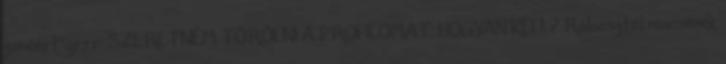
zenéért"grrr: SZERETNÉM TÖRÖLNI A PROFILOMAT. HOGYAN KELL? Rábasztál nincsenek